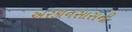
અરકાનસાસની